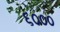
૬૦૦૦